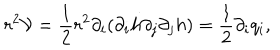
r ^ { 2 } { \mathcal { V } } = \frac { 1 } { 2 } r ^ { 2 } \partial _ { i } ( \partial _ { i } h \partial _ { j } \partial _ { j } h ) = \frac { 1 } { 2 } \partial _ { i } q _ { i } ,